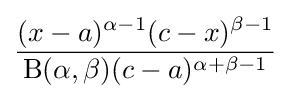
{\frac {(x-a)^{\alpha -1}(c-x)^{\beta -1}}{\mathrm {B} (\alpha ,\beta )(c-a)^{\alpha +\beta -1}}}